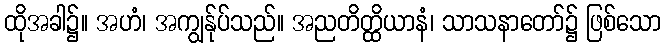
ထိုအခါ၌။ အဟံ၊ အကျွန်ုပ်သည်။ အညတိတ္ထိယာနံ၊ သာသနာတော်၌ ဖြစ်သော